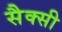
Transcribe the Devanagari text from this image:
सैक्सी